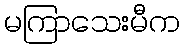
မကြာသေးမီက